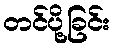
တင်ပို့ခြင်း